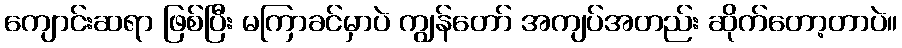
ကျောင်းဆရာ ဖြစ်ပြီး မကြာခင်မှာပဲ ကျွန်တော် အကျပ်အတည်း ဆိုက်တော့တာပဲ။